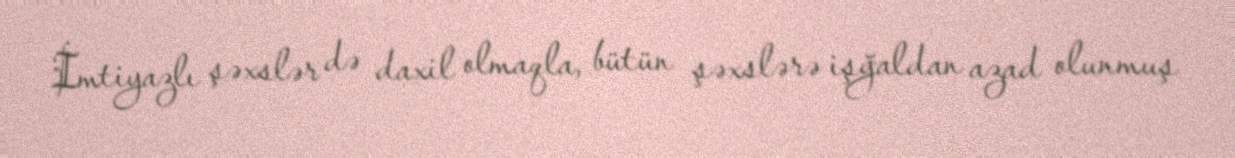
İmtiyazlı şəxslər də daxil olmaqla, bütün şəxslərə işğaldan azad olunmuş